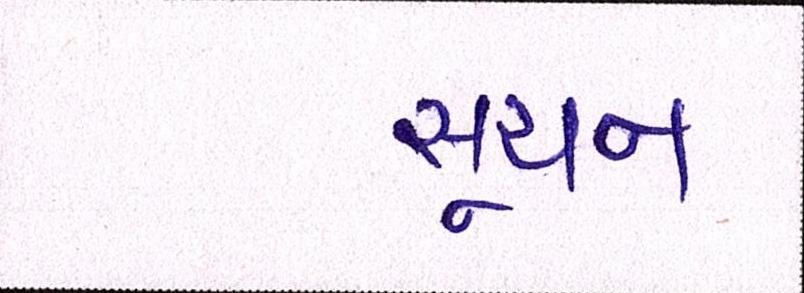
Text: સૂચન